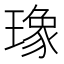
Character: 𤩪